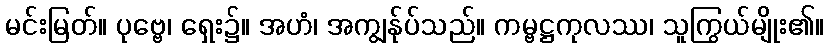
မင်းမြတ်။ ပုဗ္ဗေ၊ ရှေး၌။ အဟံ၊ အကျွန်ုပ်သည်။ ကမ္ဗဋ္ဌကုလဿ၊ သူကြွယ်မျိုး၏။